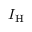
I _ { \mathrm { H } }